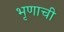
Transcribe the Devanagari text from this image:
भृणाची